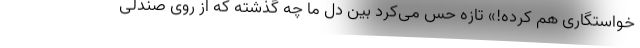
خواستگاری هم کرده!» تازه حس می‌کرد بین دل ما چه گذشته که از روی صندلی